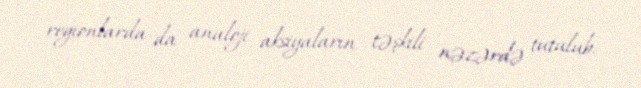
regionlarda da analoji aksiyaların təşkili nəzərdə tutulub.